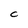
Character: C